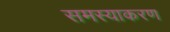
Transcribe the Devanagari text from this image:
समस्याकरण